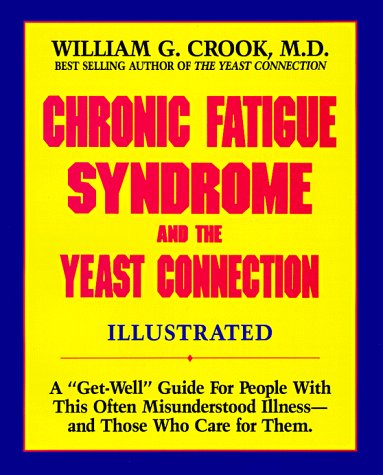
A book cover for Chronic Fatigue Syndrome and the Yeast Connection: A Get-Well Guide for People With This Often Misunderstood Illness--And Those Who Care for Them; William G. Crook; Health, Fitness & Dieting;